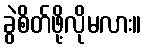
ခွဲစိတ်ဖို့လိုမလား။